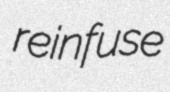
reinfuse